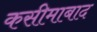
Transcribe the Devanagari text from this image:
कसीमाबाद